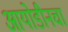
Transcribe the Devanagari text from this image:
आयोडीनचा